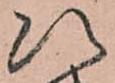
次